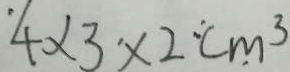
4 \times 3 \times 2 c m ^ { 3 }